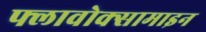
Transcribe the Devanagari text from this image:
फ्लावोक्सामाइन